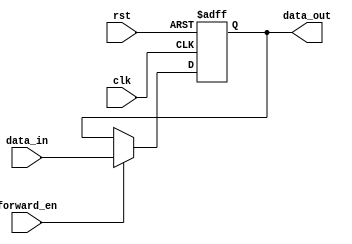
module forwarding_register (
    input wire clk,             // Clock signal
    input wire rst,             // Reset signal
    input wire [31:0] data_in,  // Data input (32-bit)
    input wire forward_en,      // Forward enable signal
    output reg [31:0] data_out  // Data output (32-bit)
);

// Always block to handle the sequential logic
always @(posedge clk or posedge rst) begin
    if (rst) begin
        data_out <= 32'b0;      // Reset the output to zero
    end else if (forward_en) begin
        data_out <= data_in;    // Forward the input data to output
    end // else part is implicitly handled by retaining the previous value
end

endmodule